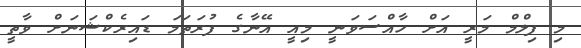
މި ފިލްމް މަރީ އަށް ހާއްސަވަނީ މިއީ އޭނާގެ ފުރަތަމަ ޑައިރެކްޝަނަށް ވާތީ